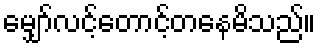
မျှော်လင့်တောင့်တနေမိသည်။